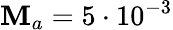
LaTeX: \mathbf{M}_{a}=5\cdot10^{-3}